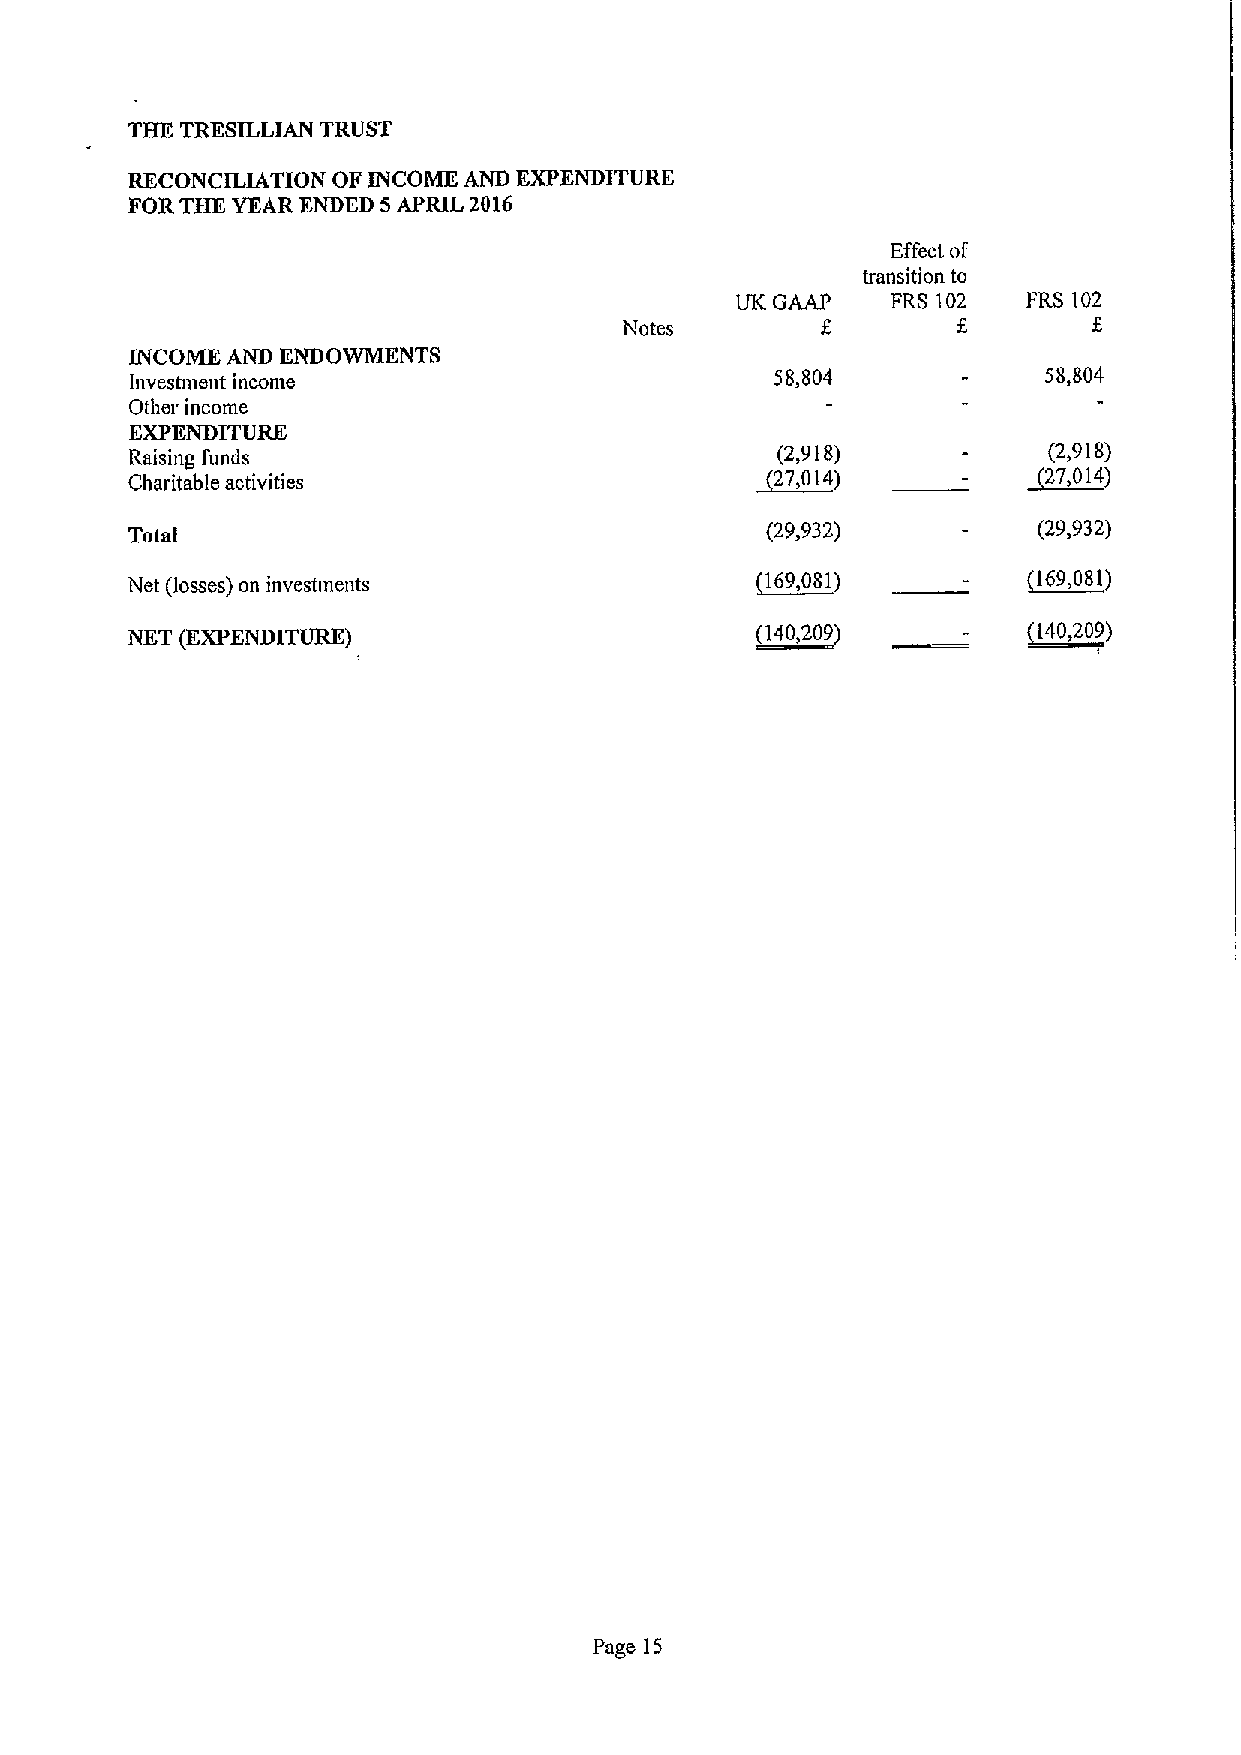
THK TRESILLIAN TRUST
 RECONCILIATION OF INCOME AND EXPENDITURE
 FOR THE YEAR ENDED 5APRIL 2016
 Effect of
 transition to
 UK GAAP   FRS 102  FRS 102
 Notes                          6
 INCOME AND ENDOWMENTS
 Investment income                         58,804            58,804
 Other income
 EXPENDITURE
 Raising funds
 (2,918)           (2,918)
 Charitable activities                     ~27,014)          ~27,014)
 Total                                      (29,932)          (29,932)
 Net (losses) on investments               (169,081)         (169,081)
 NKT (EXPENDITURE)                         (140,209)         ~140,209)
 Page 15